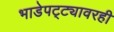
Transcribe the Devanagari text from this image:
भाडेपट्ट्यावरही